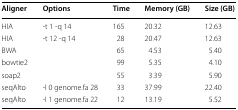
<table><thead><tr><td><b>Aligner</b></td><td><b>Options</b></td><td><b>Time</b></td><td><b>Memory (GB)</b></td><td><b>Size (GB)</b></td></tr></thead><tbody><tr><td>HIA</td><td>-t 1 -q 14</td><td>165</td><td>20.32</td><td>12.63</td></tr><tr><td>HIA</td><td>-t 12 -q 14</td><td>28</td><td>20.47</td><td>12.63</td></tr><tr><td>BWA</td><td></td><td>65</td><td>4.53</td><td>5.40</td></tr><tr><td>bowtie2</td><td></td><td>99</td><td>5.35</td><td>4.10</td></tr><tr><td>soap2</td><td></td><td>55</td><td>3.39</td><td>5.90</td></tr><tr><td>seqAlto</td><td>-I 0 genome.fa 28</td><td>33</td><td>37.99</td><td>22.40</td></tr><tr><td>seqAlto</td><td>-I 1 genome.fa 22</td><td>12</td><td>13.19</td><td>5.52</td></tr></tbody></table>